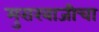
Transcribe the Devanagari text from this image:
मुरारबाजीचा